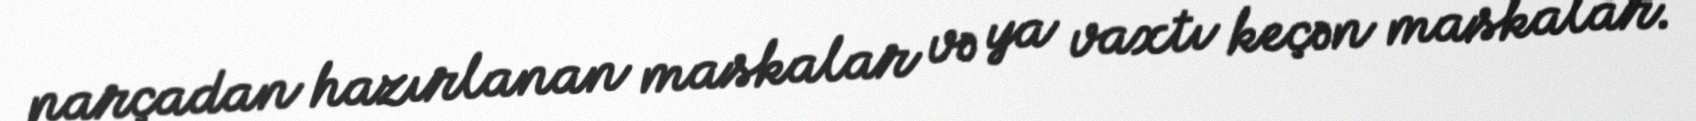
parçadan hazırlanan maskalar və ya vaxtı keçən maskalar.